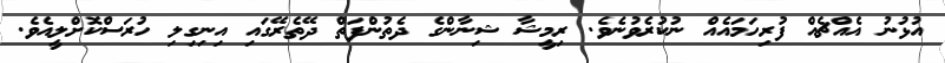
އުޅުނު އެއްޗެއް ފުރިހަމައެއް ނުކުރެވުނެވެ. ރިމީޝާ ޝިނާންގެ ދެތުންފަތް ދޭތެރޭގައި އިނިގިލި ހުރަސްކޮށްލީއެވެ.